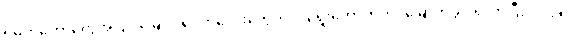
ရဲမက်တော်တွေအပြင် မြေပိုင်ရှင်ကလေးတွေကိုပါ ရွေးကောက်တင်မြှောက်ခွင့် ရလာပြီး ၁၂၉၅